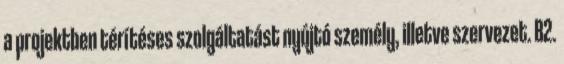
a projektben térítéses szolgáltatást nyújtó személy, illetve szervezet. B2.